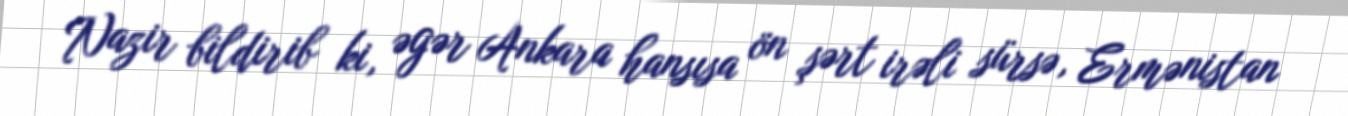
Nazir bildirib ki, əgər Ankara hansısa ön şərt irəli sürsə, Ermənistan